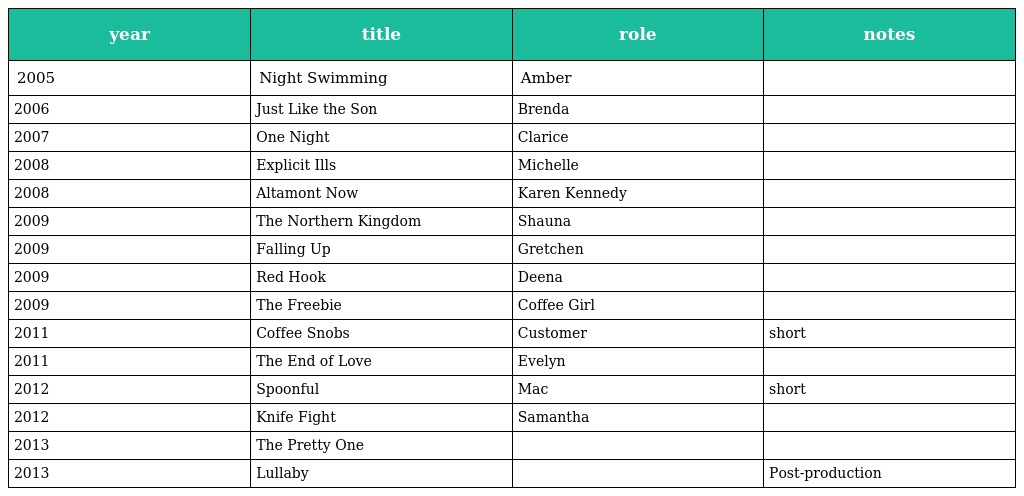
| year | title | role | notes |
 | --- | --- | --- | --- |
 | 2005 | Night Swimming | Amber |  |
 | 2006 | Just Like the Son | Brenda |  |
 | 2007 | One Night | Clarice |  |
 | 2008 | Explicit Ills | Michelle |  |
 | 2008 | Altamont Now | Karen Kennedy |  |
 | 2009 | The Northern Kingdom | Shauna |  |
 | 2009 | Falling Up | Gretchen |  |
 | 2009 | Red Hook | Deena |  |
 | 2009 | The Freebie | Coffee Girl |  |
 | 2011 | Coffee Snobs | Customer | short |
 | 2011 | The End of Love | Evelyn |  |
 | 2012 | Spoonful | Mac | short |
 | 2012 | Knife Fight | Samantha |  |
 | 2013 | The Pretty One |  |  |
 | 2013 | Lullaby |  | Post-production |